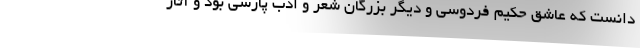
دانست که عاشق حکیم فردوسی و دیگر بزرگان شعر و ادب پارسی بود و آثار